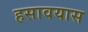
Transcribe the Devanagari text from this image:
हसावयास